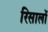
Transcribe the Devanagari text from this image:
रिसालों